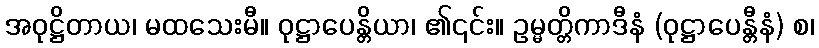
အဝုဋ္ဌိတာယ၊ မထသေးမီ။ ဝုဋ္ဌာပေန္တိယာ၊ ၏၎င်း။ ဥမ္မတ္တိကာဒီနံ (ဝုဋ္ဌာပေန္တီနံ) စ၊